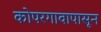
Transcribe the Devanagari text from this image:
कोपरगावापासून